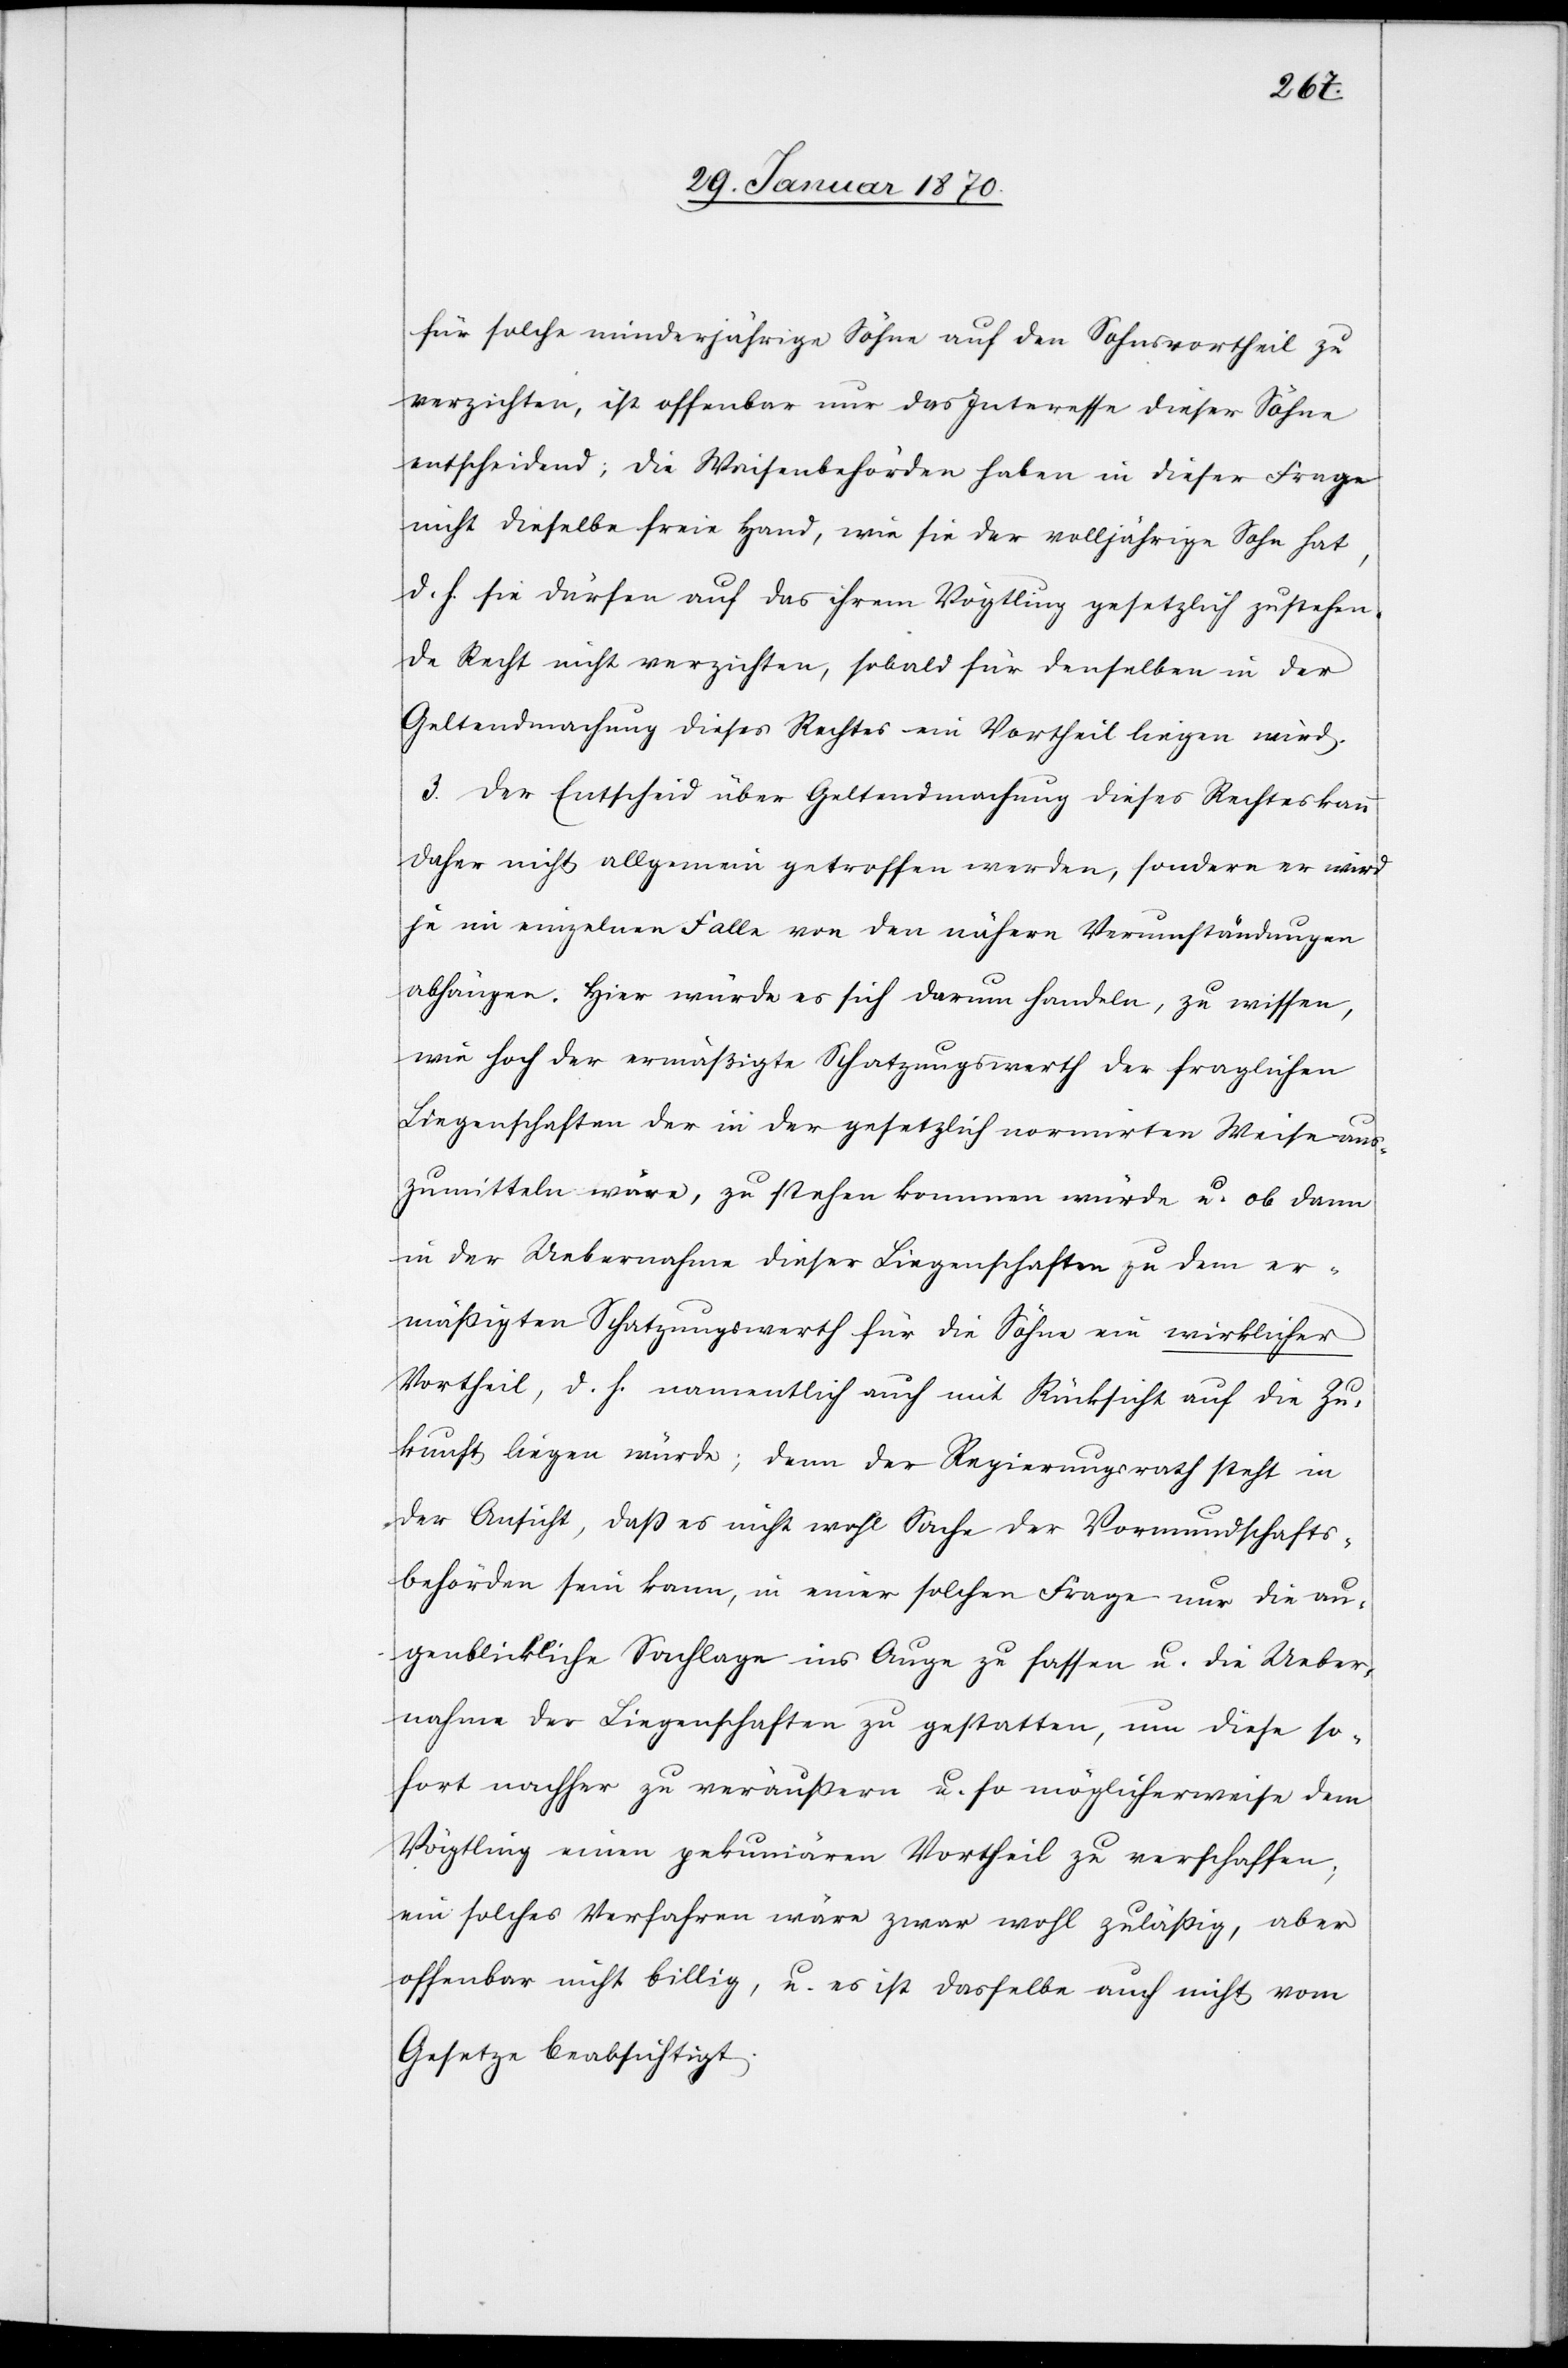
für solche minderjährige Söhne auf den Sohnsvortheil zu
verzichten, ist offenbar nur das Interesse dieser Söhne
entscheidend; die Waisenbehörden haben in dieser Frage
nicht dieselbe freie Hand, wie sie der volljährige Sohn hat,
d. h. sie dürfen auf das ihrem Vögtling gesetzlich zustehen¬
de Recht nicht verzichten, sobald für denselben in der
Geltendmachung dieses Rechtes ein Vortheil liegen wird.
3. Der Entscheid über Geltendmachung dieses Rechtes kann
daher nicht allgemein getroffen werden, sondern er wird
je im einzelnen Falle von den nähern Verumständungen
abhängen. Hier würde es sich darum handeln, zu wissen,
wie hoch der ermäßigte Schatzungswerth der fraglichen
Liegenschaften der in der gesetzlich normirten Weise aus¬
zumitteln wäre, zu stehen kommen würde u. ob dann
in der Uebernahme dieser Liegenschaften zu dem er¬
mässigten Schatzungswerth für die Söhne ein wirklicher
Vortheil, d. h. namentlich auch mit Rücksicht auf die Zu¬
kunft liegen würde; denn der Regierungsrath steht in
der Ansicht, daß es nicht wohl Sache der Vormundschafts¬
behörden sein kann, in einer solchen Frage nur die au¬
genblickliche Sachlage ins Auge zu fassen u. die Ueber¬
nahme der Liegenschaften zu gestatten, um diese so¬
fort nachher zu veräussern u. so möglicherweise dem
Vögtling einen pekuniären Vortheil zu verschaffen;
ein solches Verfahren wäre zwar wohl zulässig, aber
offenbar nicht billig, u. es ist dasselbe auch nicht vom
Gesetzte beabsichtigt.